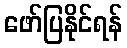
ဖော်ပြနိုင်ရန်